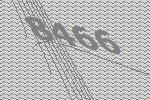
8466